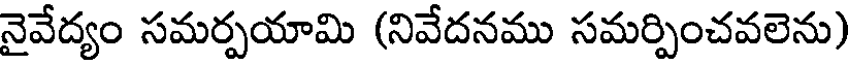
నైవేద్యం సమర్పయామి (నివేదనము సమర్పించవలెను)